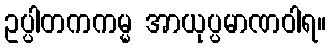
ဥပ္ပါတကကမ္မ အာယုပ္ပမာဏဝါရ။